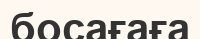
босағаға